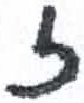
אות: ז